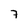
Character: 7